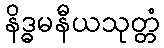
နိဒ္ဓမနီယသုတ္တံ